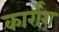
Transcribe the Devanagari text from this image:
कार्रारा